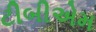
ટીબીએમ